Report of the King Institute of Preventive Medicine, Guindy
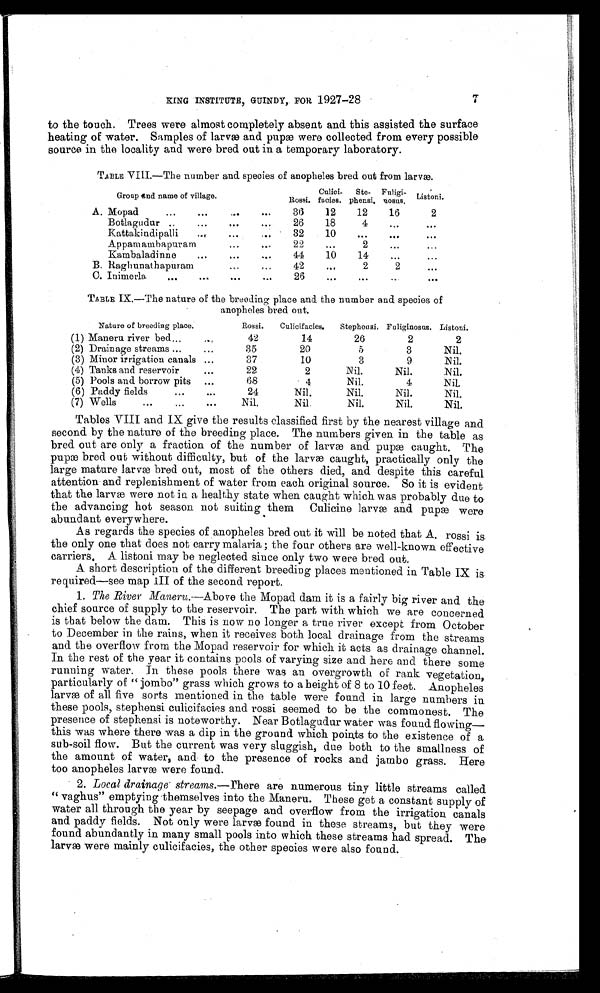
rf
•
RING INSTITUTE, GUINDY, FOR 1927-28
to the touch. Trees were almost completely absent and. this assisted the surface
heating of water. Samples of larva and pupa were collected from every possible
source in the locality and were bred out in a temporary laboratory.
TABLE VIII.—The number and. species of anopheles bred out from larva.
Culici-
Ste-
Fuligi-
A. Mopad.
•••
Botlagudur
Kattakindipalli
Appamamhapuram
Kambaladinne
.••
B. Ragliunathapuram
C. Inimerla
•••
•••
•••
•••
•••
e••
•0•
•••
• ••
n • n
Rossi. facies. phensi. nosus.
3(3
26
32
22
44
42
26
12
12
16
2
18
4
.•
•••
10
.0 f
•••
2
10
14
2
2
•••
••
•••
• ••
•••
1
Group Itnd name of
Listoni.
TABLE 1X.--The nature of the breeding place and the number and species of
anopheles bred out.
Nature of breeding place.
Rossi.
Culicifacies.
Stephousi. Fuliginosas. Listoni.
is
III
••,
•••
(1) Maneru river bed...
(2) Drainage streams ...
(3) Minor irrigation canals
(4) Tanks and reservoir
(5) Pools and borrow pits
(6) Paddy fields
•••
(7) Wells
.••
42
14
26
35
20
5
87
10
0 0
22
2
Nil.
68
4
Nil,
24
Nil.
Nil.
Nil.
Nil.
Nil.
2
2
3
Nil.
9
Nil.
Nil.
Nil.
4
Nil.
Nil.
Nil.
Nil.
Nil.
Tables VIII and IX give the results classified first by the nearest village and
second by the nature of the breeding place. The numbers given in the table as
bred out are only a fraction of the number of lame and pupm caught. The
pupae bred out without difficulty, but of the larva caught, practically only the
large mature larva bred out, most of the others died, and despite this careful
attention . and replenishment of water from each original source. So it is evident
that the larvae were not in a healthy state when caught which was probably due to.
the advancing hot season not suiting them Culicine lame and pupa were
abundant everywhere.
As regards the species of anopheles bred out it will be noted that A. rossi is.
the only one that does not carry malaria ; the four others are well-known effective
carriers, A listoni may be neglected since only two were bred out.
A short description of the different breeding places mentioned in Table IX is.
required—see map
of the second report.
1. The .River Maneru.---Above the Mopad dam it is a fairly big river and the'
chief source of supply to the reservoir. The part with which we are concerned
is that below the dam. This is now no longer a true river except from October
to December in the rains, when it receives both local drainage from the streams
and the overflow from the Mopad reservoir for which it acts as drainage channel.
In the rest of the year it contains pools of varying size and here and there some
running water. In these pools there was an overgrowth of rank vegetation,
particularly of " jombo" grass which grows to a height of 8 to 10 feet. Anopheles
larvae of all five sorts mentioned in the table were found in large numbers in
these pools, stephensi culicifacies and rossi seemed to be the commonest. The
presence of stephensi. is noteworthy. Near Botlagudur water was found flowing—
this was where there was a dip in the ground which points to the existence of a
sub-soil flow. But the current was very sluggish, due both to the smallness of
the amount of water, and- to the presence of rocks and jambo grass. Here
too anopheles larva were found.
2. Local drainage' streams.--There are numerous tiny little streams called
" vaghus" emptying themselves into the Maneru. These get a constant supply of
water all. through the year by seepage and overflow from the irrigation canals
and paddy fields. Not only were larvae found in these streams, but they were
found abundantly in many small pools into which these streams had spread. The
larvae were mainly culicifacies, the other species were also found.